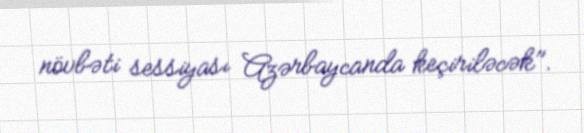
növbəti sessiyası Azərbaycanda keçiriləcək".